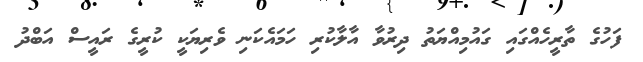
ފަހުގެ ތާރީހެއްގައި ގައުމިއްޔަތު ދިރުވާ އާލާކުރި ހަމައެކަނި ވެރިޔަކީ ކުރީގެ ރައީސް އަބްދު